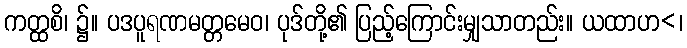
ကတ္ထစိ၊ ၌။ ပဒပူရဏမတ္တမေဝ၊ ပုဒ်တို့၏ ပြည့်ကြောင်းမျှသာတည်း။ ယထာဟ<၊